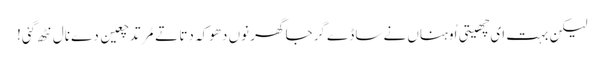
لیکن بہت ای چھیتی اُوہناں نے ساڈے گرجا گھر نوں دھوکہ دِتا تے مُرتد چعین دے نال نٹھ گئی!